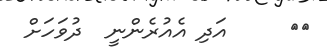
٢٦     އަދި އެއުރެންނީ  ދުވަހަށް